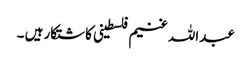
عبداللہ غنیم فلسطینی کاشتکار ہیں ۔